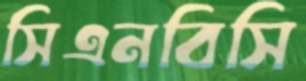
সিএনবিসি